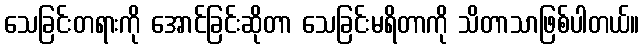
သေခြင်းတရားကို အောင်ခြင်းဆိုတာ သေခြင်းမရိတာကို သိတာသာဖြစ်ပါတယ်။